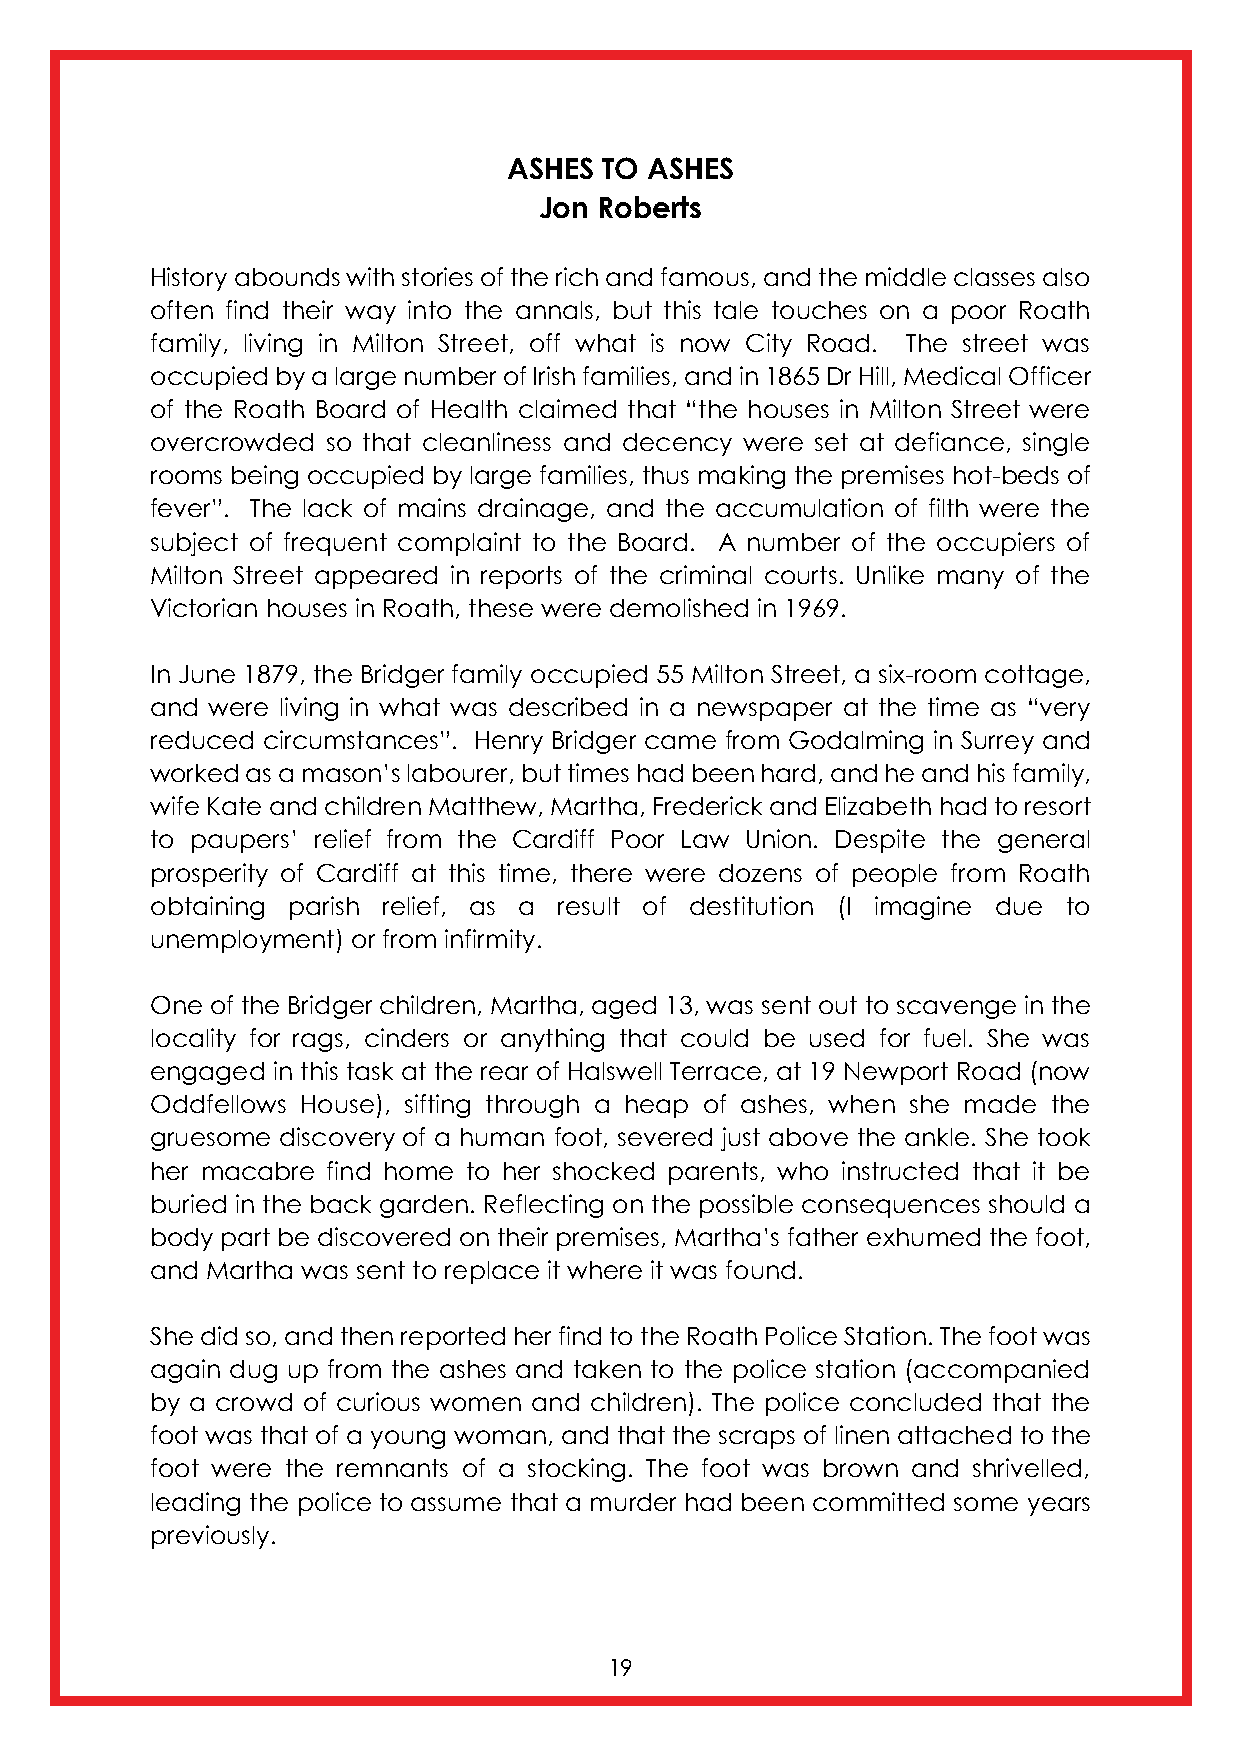
ASHES TO ASHES
 Jon Roberts
 History abounds with stories of the rich and famous, and the middle classes also
 often find their way into the annals, but this tale touches on a poor Roath
 family, living in Milton Street, off what is now City Road. The street was
 occupied by a large number of Irish families, and in 1865 Dr Hill, Medical Officer
 of the Roath Board of Health claimed that “the houses in Milton Street were
 overcrowded so that cleanliness and decency were set at defiance, single
 rooms being occupied by large families, thus making the premises hot-beds of
 fever”. The lack of mains drainage, and the accumulation of filth were the
 subject of frequent complaint to the Board. A number of the occupiers of
 Milton Street appeared in reports of the criminal courts. Unlike many of the
 Victorian houses in Roath, these were demolished in 1969.
 In June 1879, the Bridger family occupied 55 Milton Street, a six-room cottage,
 and were living in what was described in a newspaper at the time as “very
 reduced circumstances”. Henry Bridger came from Godalming in Surrey and
 worked as a mason’s labourer, but times had been hard, and he and his family,
 wife Kate and children Matthew, Martha, Frederick and Elizabeth had to resort
 to paupers’ relief from the Cardiff Poor Law Union. Despite the general
 prosperity of Cardiff at this time, there were dozens of people from Roath
 obtaining parish relief, as a result of destitution (I imagine due to
 unemployment) or from infirmity.
 One of the Bridger children, Martha, aged 13, was sent out to scavenge in the
 locality for rags, cinders or anything that could be used for fuel. She was
 engaged in this task at the rear of Halswell Terrace, at 19 Newport Road (now
 Oddfellows House), sifting through a heap of ashes, when she made the
 gruesome discovery of a human foot, severed just above the ankle. She took
 her macabre find home to her shocked parents, who instructed that it be
 buried in the back garden. Reflecting on the possible consequences should a
 body part be discovered on their premises, Martha’s father exhumed the foot,
 and Martha was sent to replace it where it was found.
 She did so, and then reported her find to the Roath Police Station. The foot was
 again dug up from the ashes and taken to the police station (accompanied
 by a crowd of curious women and children). The police concluded that the
 foot was that of a young woman, and that the scraps of linen attached to the
 foot were the remnants of a stocking. The foot was brown and shrivelled,
 leading the police to assume that a murder had been committed some years
 previously.
 19